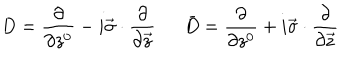
D = \frac { \partial } { \partial z ^ { 0 } } - i \vec { \sigma } \cdot \frac { \partial } { \partial \vec { z } } \bar { D } = \frac { \partial } { \partial z ^ { 0 } } + i \vec { \sigma } \cdot \frac { \partial } { \partial \vec { z } }